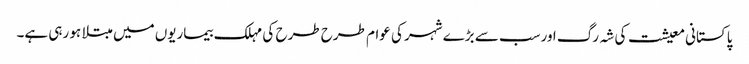
پاکستانی معیشت کی شہ رگ اورسب سے بڑے شہر کی عوام طرح طرح کی مہلک بیماریوں میں مبتلا ہو رہی ہے۔